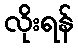
လိုးရန်